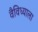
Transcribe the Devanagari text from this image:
वैविध्याला